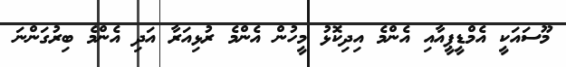
މޫސައަކީ އެމްޑީޕީއާއި އެންމެ އިދިކޮޅު މީހުން އެންމެ ރުޅިއަރާ އަދި އެންމެ ބިރުގަންނަ